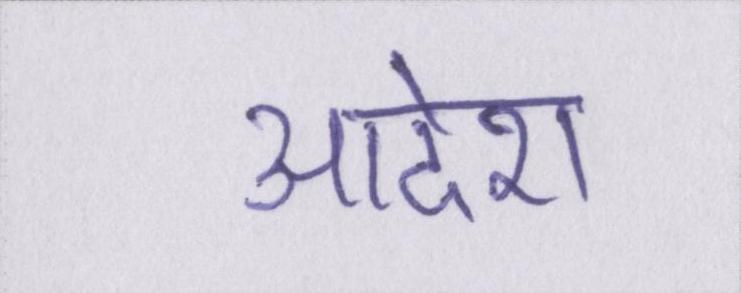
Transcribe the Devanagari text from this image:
आदेश